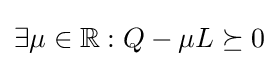
\exists \mu \in \mathbb {R} :Q-\mu L\succeq 0